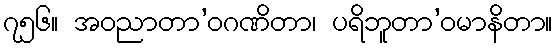
၇၅၆။ အဝညာတာ’ဝဂဏိတာ၊ ပရိဘူတာ’ဝမာနိတာ။